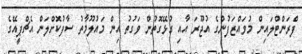
ފްރަންޓްލައިން މުވައްޒަފުންގެ އުޖޫރަ އާއި ގުޅޭގޮތުން ވަގުތު އިން މައުލޫމާތު ސާފުކޮށްލަން އެޗްޕީއޭގެ